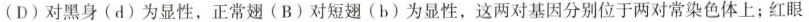
(D)对黑身(d)为显性，正常翅(B)对短翅(b)为显性，这两对基因分别位于两对常染色体上；红眼